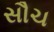
સૌચ